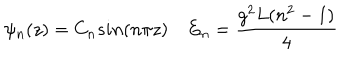
\psi _ { n } ( z ) = C _ { n } s i n ( n \pi z ) \quad E _ { n } = { \frac { g ^ { 2 } L ( n ^ { 2 } - 1 ) } { 4 } }